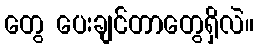
တွေ ပေးချင်တာတွေရှိလဲ။